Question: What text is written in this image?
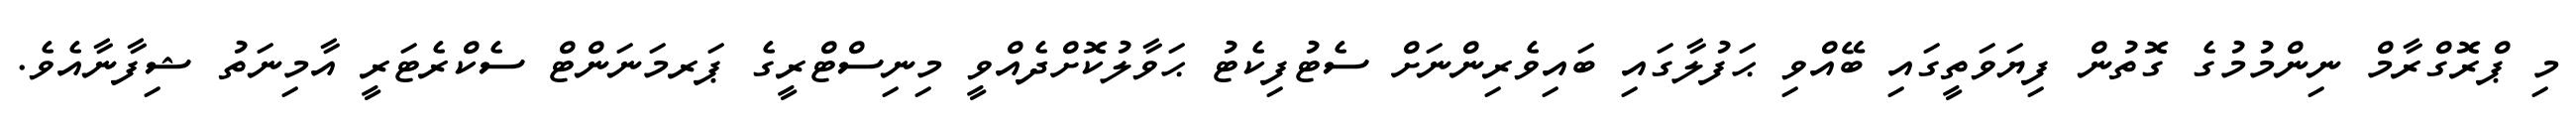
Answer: މި ޕްރޮގްރާމް ނިންމުމުގެ ގޮތުން ފިޔަވަތީގައި ބޭއްވި ޙަފުލާގައި ބައިވެރިންނަށް ސެޓުފިކެޓު ޙަވާލުކޮށްދެއްވީ މިނިސްޓްރީގެ ޕަރމަނަންޓް ސެކްރެޓަރީ އާމިނަތު ޝިފާނާއެވެ.